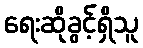
ရေးဆိုခွင့်ရှိသူ